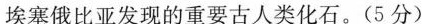
埃塞俄比亚发现的重要古人类化石。(5分)